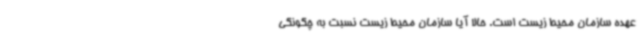
عهده سازمان محیط‌ زیست است. حالا آیا سازمان محیط‌ زیست نسبت به چگونگی